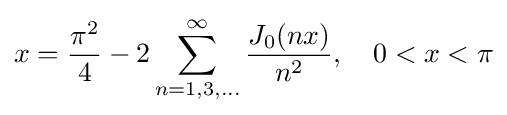
x={\frac {\pi ^{2}}{4}}-2\sum _{n=1,3,...}^{\infty }{\frac {J_{0}(nx)}{n^{2}}},\quad 0<x<\pi